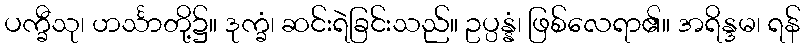
ပက္ခီသု၊ ဟင်္သာတို့၌။ ဒုက္ခံ၊ ဆင်းရဲခြင်းသည်။ ဥပ္ပန္နံ၊ ဖြစ်လေရာ၏။ အရိန္ဒမ၊ ရန်